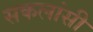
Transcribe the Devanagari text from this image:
सकलांसी